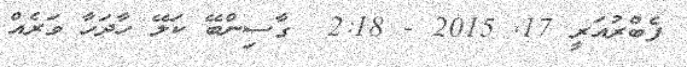
ފެބްރުއަރީ 17